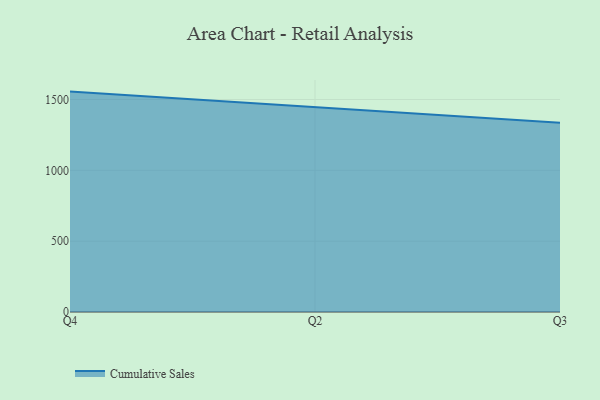
{"axis": {"x": "Quarter", "y": "Latency (ms)"}, "legend": ["Cumulative Sales"], "data": [{"x": "Q4", "y": 1555.6, "type": "Cumulative Sales"}, {"x": "Q2", "y": 1443.8, "type": "Cumulative Sales"}, {"x": "Q3", "y": 1336.6, "type": "Cumulative Sales"}]}